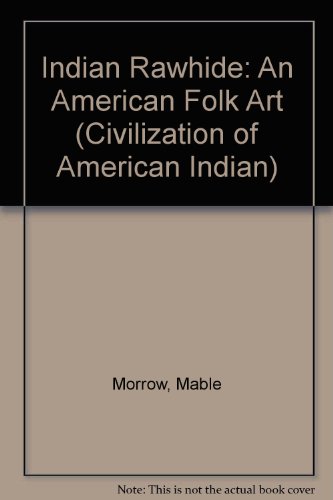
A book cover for Indian Rawhide; An American Folk Art (The Civilization of the American Indian Series, V. 132); Mabel Morrow; Crafts, Hobbies & Home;